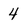
Character: 4